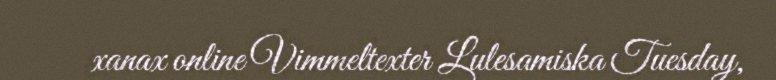
xanax online Vimmeltexter Lulesamiska Tuesday,